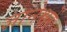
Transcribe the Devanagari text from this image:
ज्ञानेश्वरें